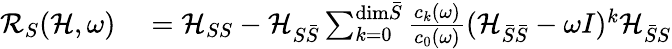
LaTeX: \begin{array}{rl}{\mathcal{R}_{S}(\mathcal{H},\omega)}&{{}=\mathcal{H}_{SS}-\mathcal{H}_{S\bar{S}}\sum_{k=0}^{\mathrm{dim}\bar{S}}\frac{c_{k}(\omega)}{c_{0}(\omega)}(\mathcal{H}_{\bar{S}\bar{S}}-\omega I)^{k}\mathcal{H}_{\bar{S}S}}\end{array}